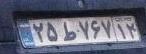
۲۵ط۷۶۷۱۲